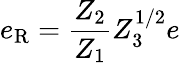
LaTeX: e_{\mathrm{R}}=\frac{Z_{2}}{Z_{1}}Z_{3}^{1/2}e